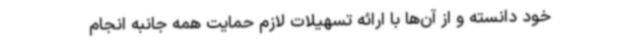
خود دانسته و از آن‌ها با ارائه تسهیلات لازم حمایت همه جانبه انجام